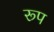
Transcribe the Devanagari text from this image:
रूप